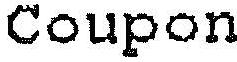
COUPON